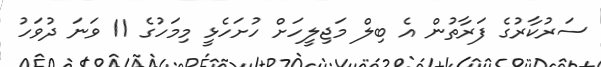
ސަރުކާރުގެ ފަރާތުން އެ ބިލް މަޖިލީހަށް ހުށަހެޅީ މިމަހުގެ 11 ވަނަ ދުވަހު